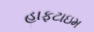
હાફટાઇમ